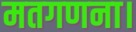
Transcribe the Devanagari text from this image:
मतगणना।